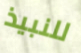
للنبيذ